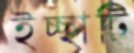
ইচ্ছাটি